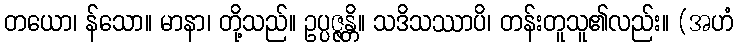
တယော၊ န်သော။ မာနာ၊ တို့သည်။ ဥပ္ပဇ္ဇန္တိ။ သဒိသဿာပိ၊ တန်းတူသူ၏လည်း။ (အဟံ